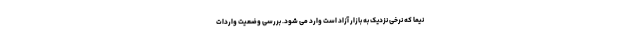
نیما که نرخی نزدیک به بازار آزاد است وارد می شود. بررسی وضعیت واردات